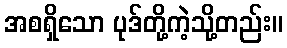
အစရှိသော ပုဒ်တို့ကဲ့သို့တည်း။